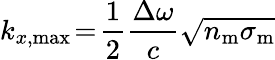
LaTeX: k_{x,\mathrm{max}}\! =\! \frac{1}{2}\frac{\Delta\omega}{c}\sqrt{n_{\mathrm{m}}\sigma_{\mathrm{m}}}